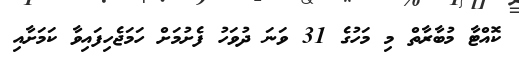
ކޮއްޓާ މުބާރާތް މި މަހުގެ 31 ވަނަ ދުވަހު ފެށުމަށް ހަމަޖެހިފައިވާ ކަމަށާއި